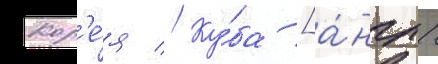
Кор'е́я // Ку́ба [а́нгл.